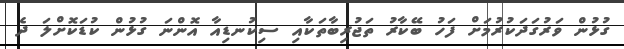
ގުޅުން ވަރުގަދަކުރުމަށް ފަހު ބޭކާރު ތަޖުރިބާތަކާއި ސިކުނޑިއާ އޮންނަ ގުޅުން ކުޑަކޮށްލަ ދެ